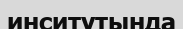
инситутында